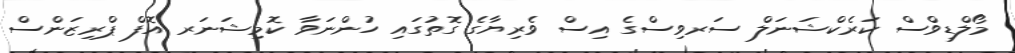
މޯލްޑިވްސް ކަރެކްޝަނަލް ސަރވިސްގެ އިސް ވެރިޔާގެ ގޮތުގައި ހުންނަވާ ކޮމިޝަނަރ އޮފް ޕްރިޒަންސް